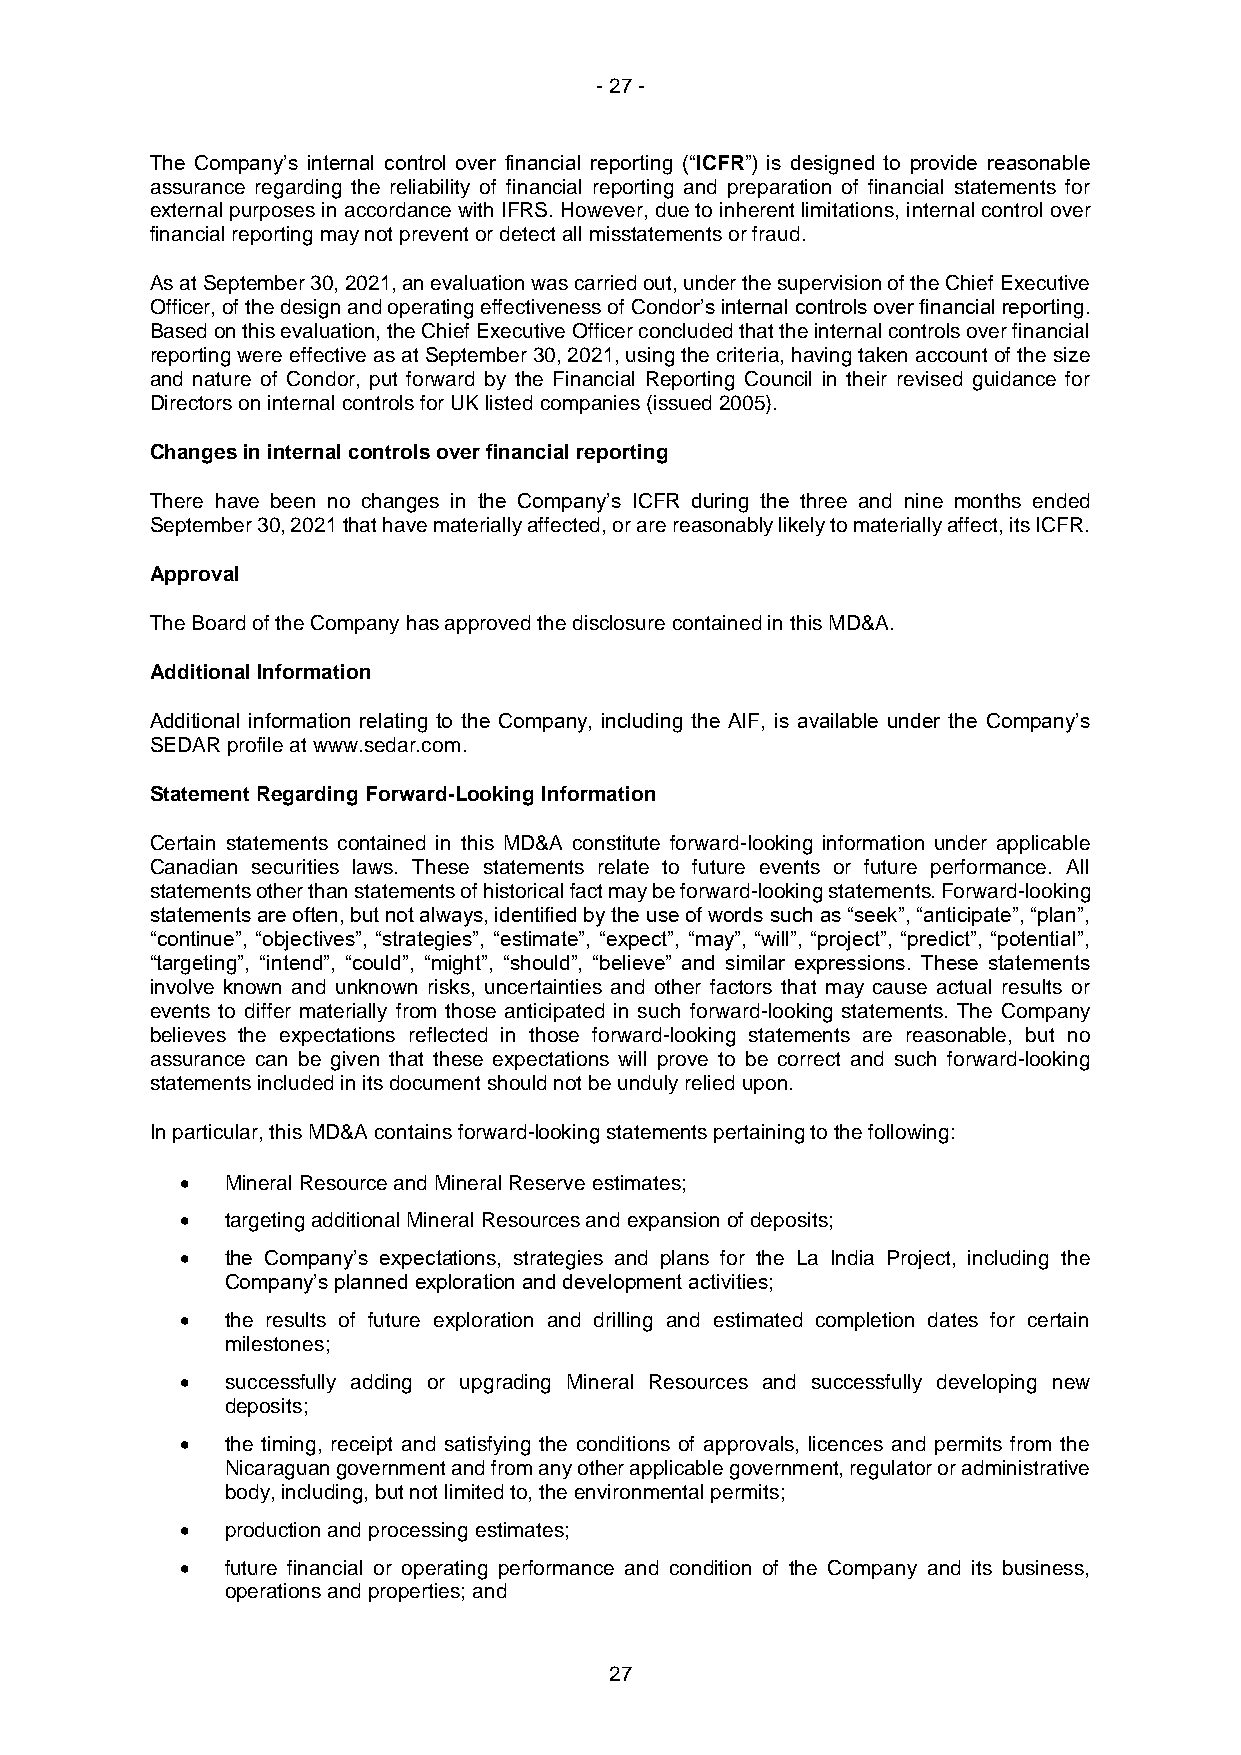
- 27 -
 The Company’s internal control over financial reporting (“ICFR”) is designed to provide reasonable
 assurance regarding the reliability of financial reporting and preparation of financial statements for
 external purposes in accordance with IFRS. However, due to inherent limitations, internal control over
 financial reporting may not prevent or detect all misstatements or fraud.
 As at September 30, 2021, an evaluation was carried out, under the supervision of the Chief Executive
 Officer, of the design and operating effectiveness of Condor’s internal controls over financial reporting.
 Based on this evaluation, the Chief Executive Officer concluded that the internal controls over financial
 reporting were effective as at September 30, 2021, using the criteria, having taken account of the size
 and nature of Condor, put forward by the Financial Reporting Council in their revised guidance for
 Directors on internal controls for UK listed companies (issued 2005).
 Changes in internal controls over financial reporting
 There have been no changes in the Company’s ICFR during the three and nine months ended
 September 30, 2021 that have materially affected, or are reasonably likely to materially affect, its ICFR.
 Approval
 The Board of the Company has approved the disclosure contained in this MD&A.
 Additional Information
 Additional information relating to the Company, including the AIF, is available under the Company’s
 SEDAR profile at www.sedar.com.
 Statement Regarding Forward-Looking Information
 Certain statements contained in this MD&A constitute forward-looking information under applicable
 Canadian securities laws. These statements relate to future events or future performance. All
 statements other than statements of historical fact may be forward-looking statements. Forward-looking
 statements are often, but not always, identified by the use of words such as “seek”, “anticipate”, “plan”,
 “continue”, “objectives”, “strategies”, “estimate”, “expect”, “may”, “will”, “project”, “predict”, “potential”,
 “targeting”, “intend”, “could”, “might”, “should”, “believe” and similar expressions. These statements
 involve known and unknown risks, uncertainties and other factors that may cause actual results or
 events to differ materially from those anticipated in such forward-looking statements. The Company
 believes the expectations reflected in those forward-looking statements are reasonable, but no
 assurance can be given that these expectations will prove to be correct and such forward-looking
 statements included in its document should not be unduly relied upon.
 In particular, this MD&A contains forward-looking statements pertaining to the following:
 •  Mineral Resource and Mineral Reserve estimates;
 •  targeting additional Mineral Resources and expansion of deposits;
 •  the Company’s expectations, strategies and plans for the La India Project, including the
 Company’s planned exploration and development activities;
 •  the results of future exploration and drilling and estimated completion dates for certain
 milestones;
 •  successfully adding or upgrading Mineral Resources and successfully developing new
 deposits;
 •  the timing, receipt and satisfying the conditions of approvals, licences and permits from the
 Nicaraguan government and from any other applicable government, regulator or administrative
 body, including, but not limited to, the environmental permits;
 •  production and processing estimates;
 •  future financial or operating performance and condition of the Company and its business,
 operations and properties; and
 27